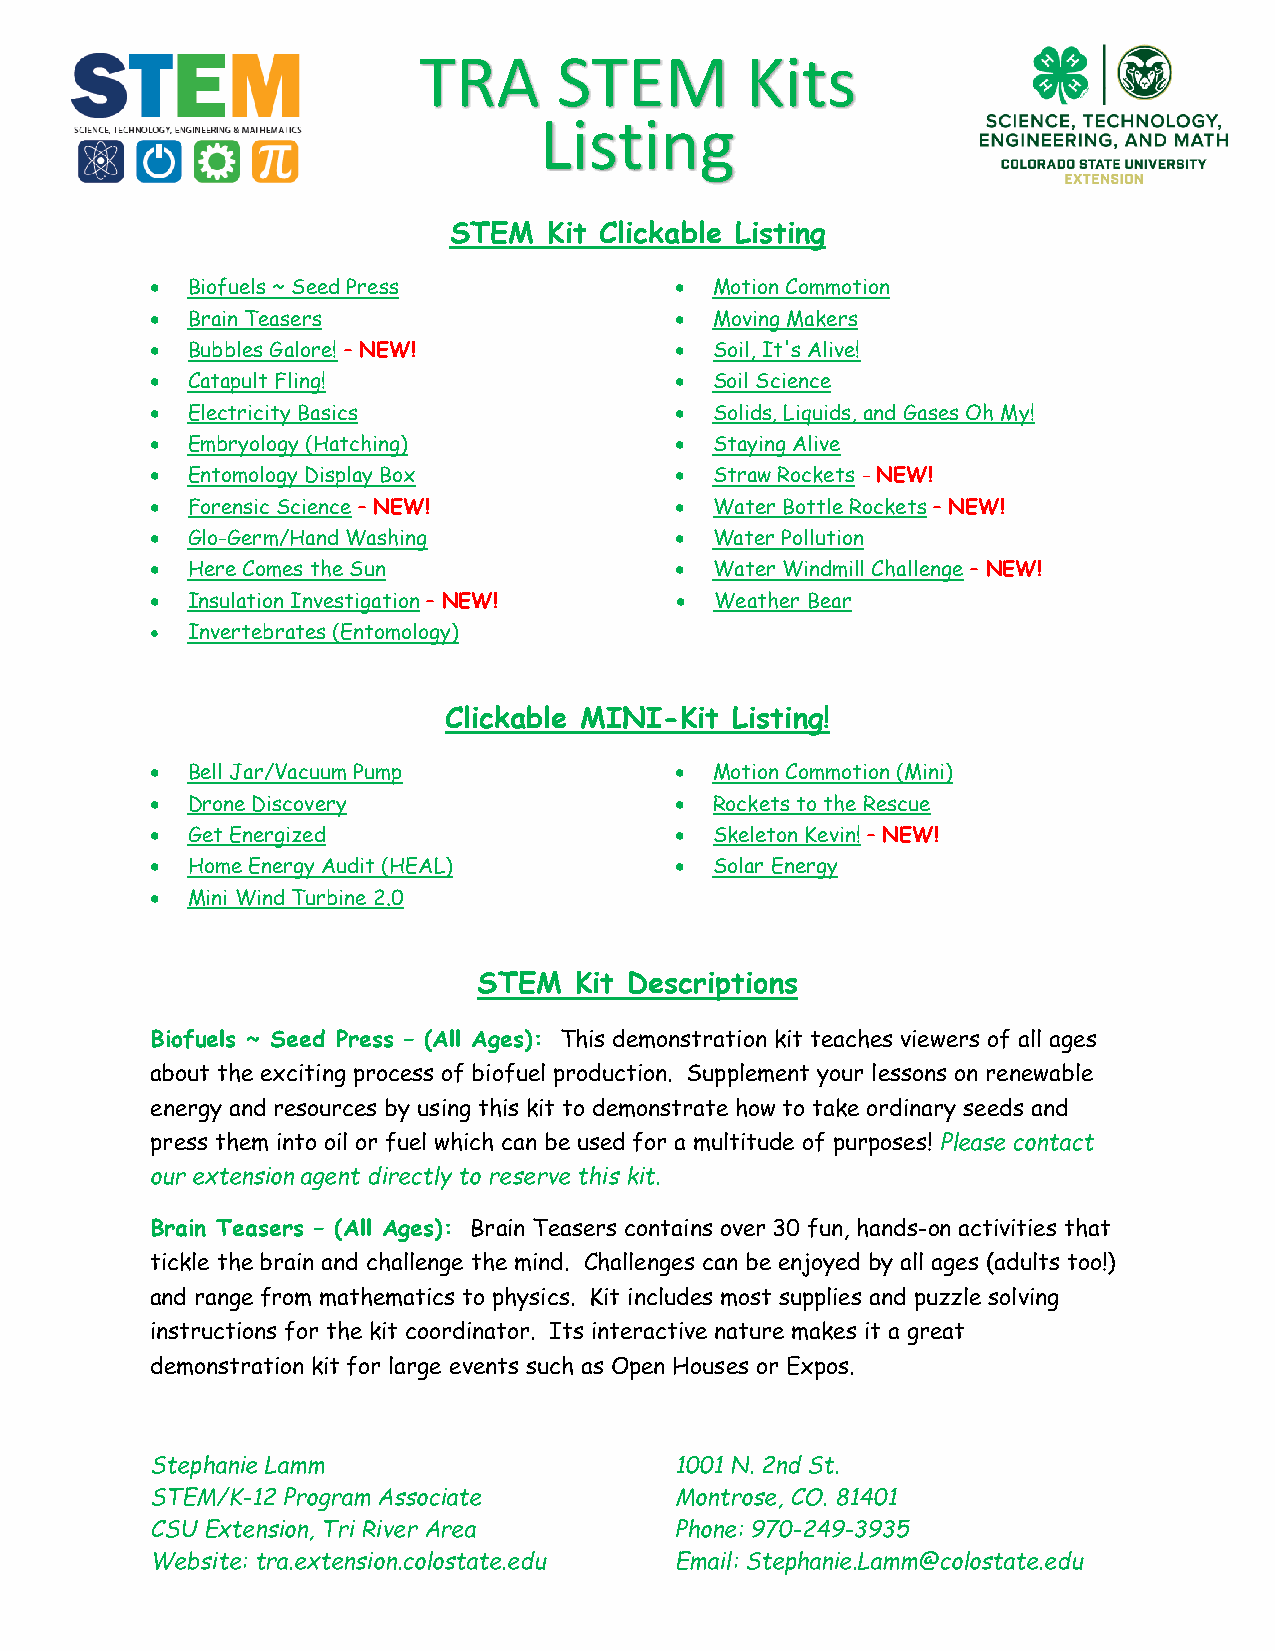
TRA      STEM        Kits
 Listing
 STEM  Kit Clickable Listing
  Biofuels ~ Seed Press             Motion Commotion
  Brain Teasers                     Moving Makers
  Bubbles Galore! – NEW!            Soil, It's Alive!
  Catapult Fling!                   Soil Science
  Electricity Basics                Solids, Liquids, and Gases Oh My!
  Embryology (Hatching)             Staying Alive
  Entomology Display Box            Straw Rockets - NEW!
  Forensic Science – NEW!           Water Bottle Rockets – NEW!
  Glo-Germ/Hand Washing             Water Pollution
  Here Comes the Sun                Water Windmill Challenge – NEW!
  Insulation Investigation – NEW!   Weather Bear
  Invertebrates (Entomology)
 Clickable MINI-Kit Listing!
  Bell Jar/Vacuum Pump              Motion Commotion (Mini)
  Drone Discovery                   Rockets to the Rescue
  Get Energized                     Skeleton Kevin! – NEW!
  Home Energy Audit (HEAL)          Solar Energy
  Mini Wind Turbine 2.0
 STEM  Kit Descriptions
 Biofuels ~ Seed Press – (All Ages): This demonstration kit teaches viewers of all ages
 about the exciting process of biofuel production. Supplement your lessons on renewable
 energy and resources by using this kit to demonstrate how to take ordinary seeds and
 press them into oil or fuel which can be used for a multitude of purposes! Please contact
 our extension agent directly to reserve this kit.
 Brain Teasers – (All Ages): Brain Teasers contains over 30 fun, hands-on activities that
 tickle the brain and challenge the mind. Challenges can be enjoyed by all ages (adults too!)
 and range from mathematics to physics. Kit includes most supplies and puzzle solving
 instructions for the kit coordinator. Its interactive nature makes it a great
 demonstration kit for large events such as Open Houses or Expos.
 Stephanie Lamm                     1001 N. 2nd St.
 STEM/K-12 Program Associate        Montrose, CO. 81401
 CSU Extension, Tri River Area      Phone: 970-249-3935
 Website: tra.extension.colostate.edu Email: Stephanie.Lamm@colostate.edu